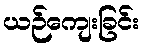
ယဉ်ကျေးခြင်း